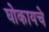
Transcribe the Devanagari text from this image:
घोकायचे